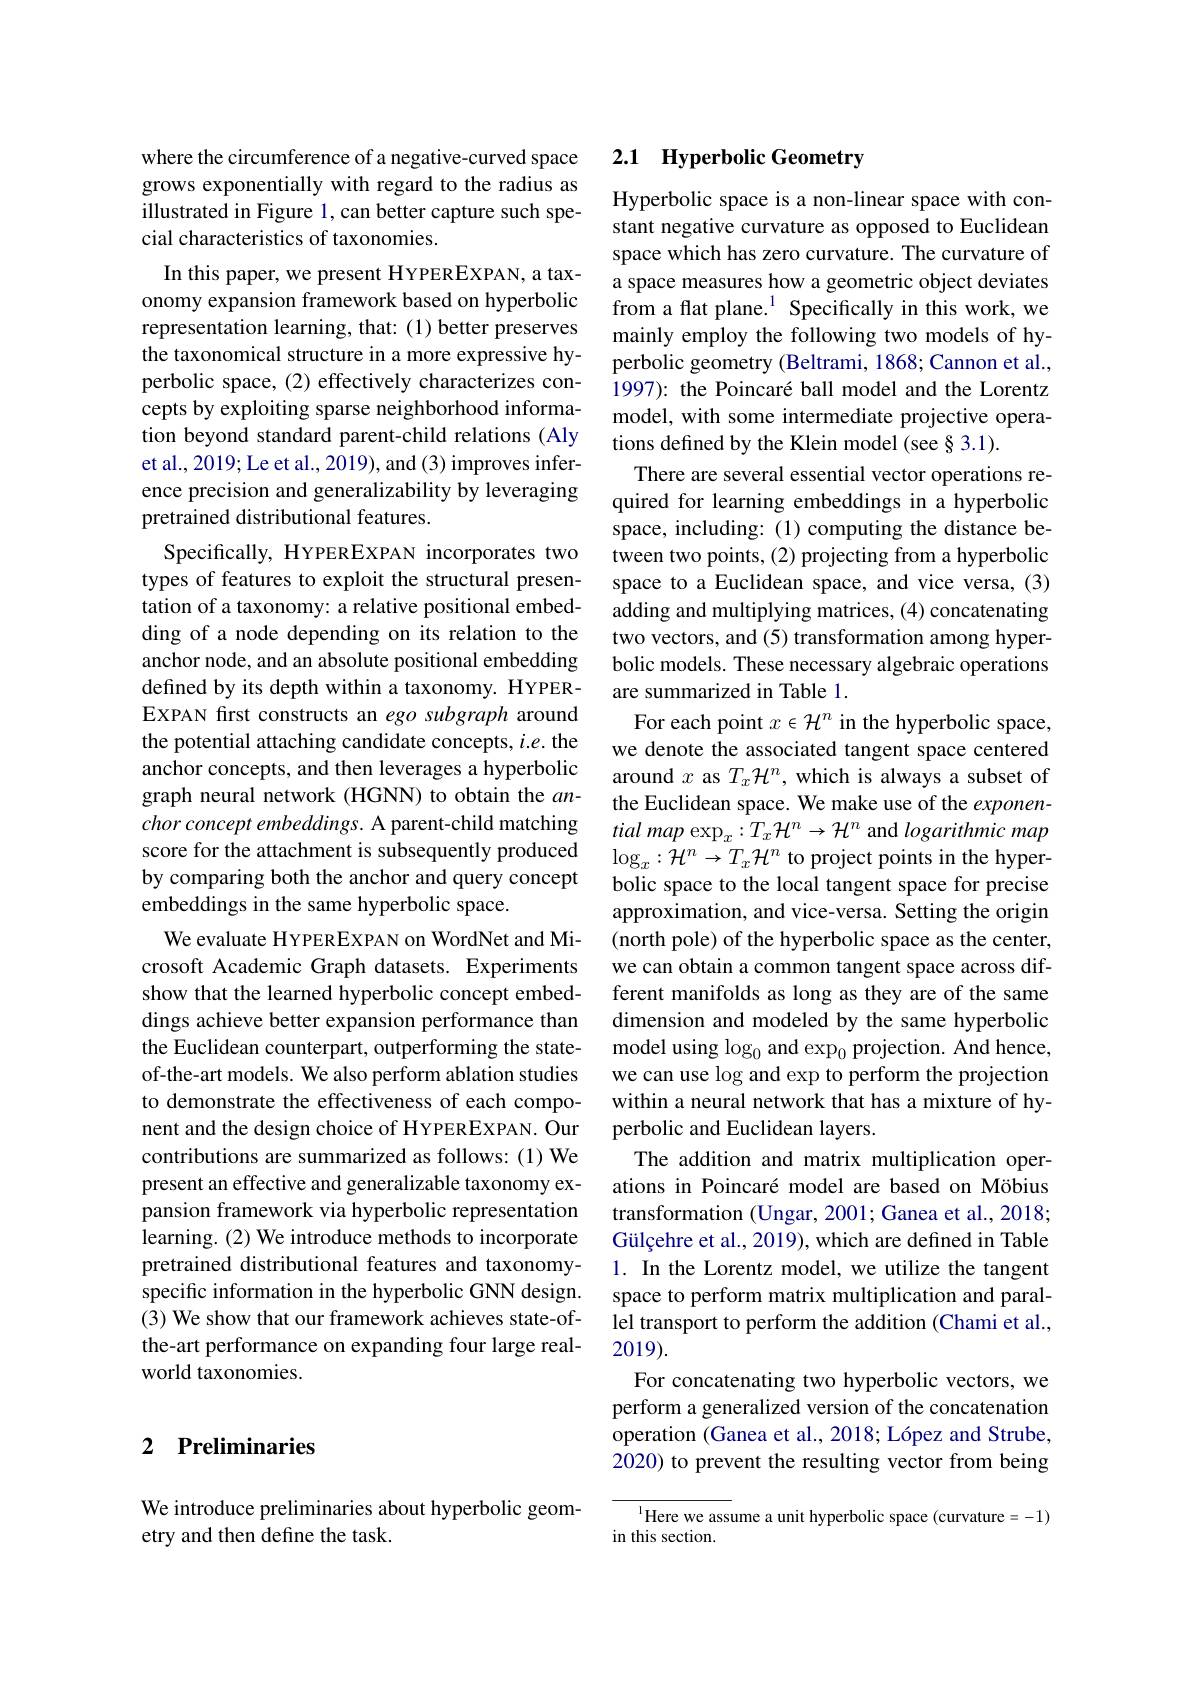
where the circumference of a negative-curved space grows exponentially with regard to the radius as illustrated in Figure 1, can better capture such spe-### cial characteristics of taxonomies.

In this paper, we present HYPEREXPAN, a taxonomy expansion framework based on hyperbolic representation learning, that: (1) better preserves the taxonomical structure in a more expressive hyperbolic space, (2) effectively characterizes concepts by exploiting sparse neighborhood information beyond standard parent-child relations (Aly et al., 2019; Le et al., 2019), and (3) improves inference precision and generalizability by leveraging pretrained distributional features.
Specifically, HYPEREXPAN incorporates two types of features to exploit the structural presentation of a taxonomy: a relative positional embedding of a node depending on its relation to the anchor node, and an absolute positional embedding defined by its depth within a taxonomy. HYPEREXPAN first constructs an ego subgraph around the potential attaching candidate concepts, $i.e.$ the anchor concepts, and then leverages a hyperbolic graph neural network (HGNN) to obtain the $an-$ chor concept embeddings. A parent-child matching score for the attachment is subsequently produced by comparing both the anchor and query concept embeddings in the same hyperbolic space.
We evaluate HYPEREXPAN on WordNet and Microsoft Academic Graph datasets. Experiments show that the learned hyperbolic concept embeddings achieve better expansion performance than the Euclidean counterpart, outperforming the stateof-the-art models. We also perform ablation studies to demonstrate the effectiveness of each component and the design choice of HYPEREXPAN. Our contributions are summarized as follows: (1) We present an effective and generalizable taxonomy expansion framework via hyperbolic representation learning. (2) We introduce methods to incorporate pretrained distributional features and taxonomyspecific information in the hyperbolic GNN design. (3) We show that our framework achieves state-ofthe-art performance on expanding four large realworld taxonomies.

## 2 Preliminaries

We introduce preliminaries about hyperbolic geom-
etry and then define the task.

### 2.1 $\textbf{Hyperbolic Geometry}$

Hyperbolic space is a non-linear space with constant negative curvature as opposed to Euclidean space which has zero curvature. The curvature of a space measures how a geometric object deviates from a flat plane.$^{1}$ Specifically in this work, we mainly employ the following two models of hyperbolic geometry (Beltrami, 1868; Cannon et al., 1997): the Poincaré ball model and the Lorentz model, with some intermediate projective operations defined by the Klein model (see § 3.1).
There are several essential vector operations required for learning embeddings in a hyperbolic space, including: (1) computing the distance between two points, (2) projecting from a hyperbolic space to a Euclidean space, and vice versa, (3) adding and multiplying matrices, (4) concatenating two vectors, and (5) transformation among hyperbolic models. These necessary algebraic operations are summarized in Table 1.
For each point $x\in\mathcal{H}^n$ in the hyperbolic space, we denote the associated tangent space centered around $x$ as $T_x\mathcal{H}^n$, which is always a subset of the Euclidean space. We make use of the exponential map exp$_x:T_x\mathcal{H}^n\to\mathcal{H}^n$ and logarithmic map $\log_{x}:\mathcal{H}^{n}\to T_{x}\mathcal{H}^{n}$ to project points in the hyperbolic space to the local tangent space for precise approximation, and vice-versa. Setting the origin (north pole) of the hyperbolic space as the center, we can obtain a common tangent space across different manifolds as long as they are of the same dimension and modeled by the same hyperbolic model using $\log_0$ and exp$_0$ projection. And hence, we can use log and exp to perform the projection within a neural network that has a mixture of hyperbolic and Euclidean layers.
The addition and matrix multiplication operations in Poincaré model are based on Möbius transformation (Ungar, 2001; Ganea et al., 2018; Gülçehre et al., 2019), which are defined in Table 1. In the Lorentz model, we utilize the tangent space to perform matrix multiplication and parallel transport to perform the addition (Chami et al., 2019).
For concatenating two hyperbolic vectors, we perform a generalized version of the concatenation operation (Ganea et al., 2018; López and Strube, 2020) to prevent the resulting vector from being

${^{1}\text{Here we assume a unit hyperbolic space (curvature=-1)}}$
in this section.